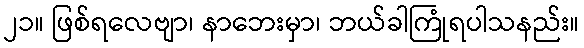
၂၁။ ဖြစ်ရလေဗျာ၊ နာဘေးမှာ၊ ဘယ်ခါကြုံရပါသနည်း။